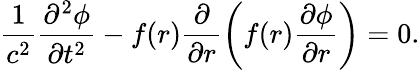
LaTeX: \frac{1}{c^{2}}\frac{\partial^{2}\phi}{\partial t^{2}}-f(r)\frac{\partial}{\partial r}\left(f(r)\frac{\partial\phi}{\partial r}\right)=0.